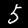
Digit: 5